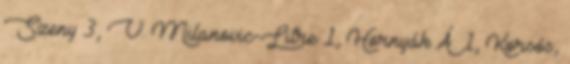
Szeny 3, V. Milanovic-Litre 1, Hornyák Á. 1, Korsós,